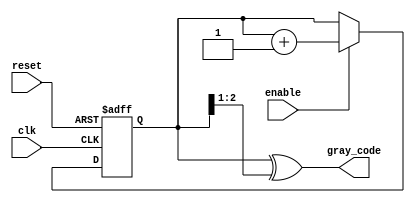
module gray_code_counter (
    input wire clk,          // Clock input
    input wire reset,        // Asynchronous reset
    input wire enable,       // Enable signal
    output reg [n-1:0] gray_code // Output Gray code
);
    parameter n = 3; // Number of bits for the Gray code counter (adjust as needed)

    reg [n-1:0] binary_count; // Internal binary counter

    // Binary to Gray code conversion
    function [n-1:0] binary_to_gray;
        input [n-1:0] binary;
        begin
            binary_to_gray = binary ^ (binary >> 1);
        end
    endfunction

    // Always block for counting
    always @(posedge clk or posedge reset) begin
        if (reset) begin
            binary_count <= 0; // Reset binary counter
        end else if (enable) begin
            binary_count <= binary_count + 1; // Increment binary counter
        end
    end

    // Update Gray code output based on binary count
    always @(*) begin
        gray_code = binary_to_gray(binary_count); // Convert binary to Gray code
    end

endmodule